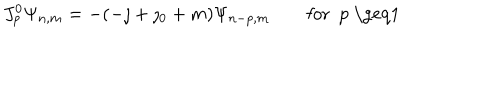
J _ { p } ^ { 0 } \Psi _ { n , m } = - ( - \jmath + \jmath _ { 0 } + m ) \Psi _ { n - p , m } \qquad \mathrm { f o r ~ p ~ \geq 1 ~ }